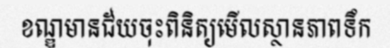
ខណ្ឌមានជ័យចុះពិនិត្យមើលស្ថានភាពទឹក